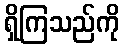
ရှိကြသည်ကို